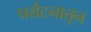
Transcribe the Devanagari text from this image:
पर्यटनातून